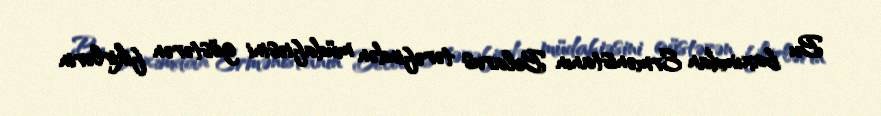
Bu baxımdan Ermənistanın Belarus tərəfindən müdafiəsini göstərən fikirlərin